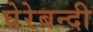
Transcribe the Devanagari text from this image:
घेरेबन्दी